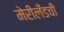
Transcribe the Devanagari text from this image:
मेरीलँडची